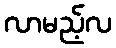
လာမည့်လ